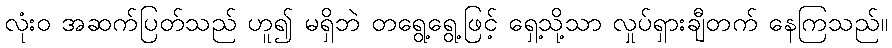
လုံးဝ အဆက်ပြတ်သည် ဟူ၍ မရှိဘဲ တရွေ့ရွေ့ဖြင့် ရှေ့သို့သာ လှုပ်ရှားချီတက် နေကြသည်။